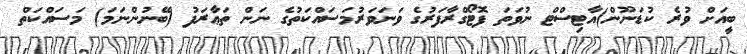
ބީއަށް ވުރެ ކުޑަނޫން)އާޓިސްޓް ނުވަތަ ފޮޓޯގްރާފަރުގެ ވަނަވަރުމަސައްކަތުގެ ނަން ތަޢާރަފު (ބޭނުންނަމަ) މަސައްކަތް